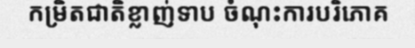
កម្រិតជាតិខ្លាញ់ទាប ចំណុះការបរិភោគ